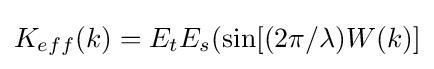
K_{eff}(k)=E_{t}E_{s}(\sin[(2\pi /\lambda )W(k)]